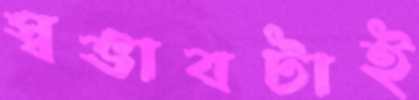
স্বভাবটাই